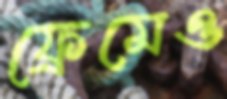
ফ্রেমেও